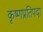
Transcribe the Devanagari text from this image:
कृष्णप्रतिपदा